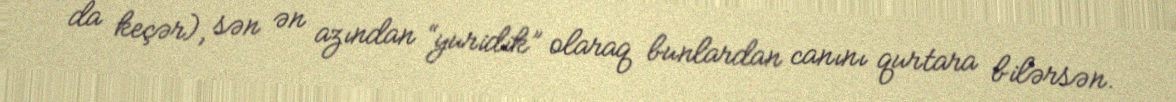
da keçər), sən ən azından “yuridik” olaraq bunlardan canını qurtara bilərsən.